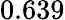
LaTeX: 0.639